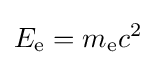
E_{\text{e}}=m_{\text{e}}c^{2}